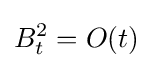
B_{t}^{2}=O(t)